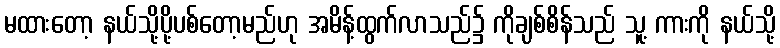
မထားတော့ နယ်သို့ပို့ပစ်တော့မည်ဟု အမိန့်ထွက်လာသည်၌ ကိုချစ်စိန်သည် သူ့ ကားကို နယ်သို့